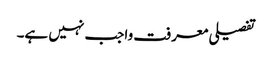
تفصیلی معرفت واجب نہیں ہے۔